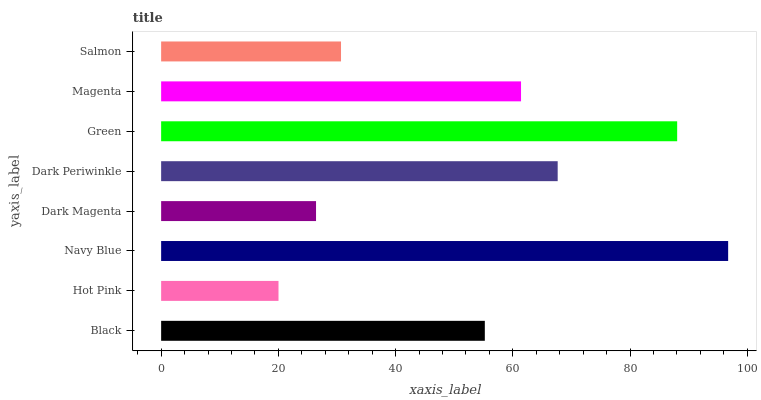
| yaxis_label | bars |
 | --- | --- |
 | Black | 55.2 |
 | Hot Pink | 20 |
 | Navy Blue | 96.7 |
 | Dark Magenta | 26.4 |
 | Dark Periwinkle | 67.7 |
 | Green | 88 |
 | Magenta | 61.4 |
 | Salmon | 30.7 |